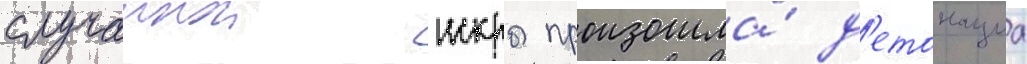
случаинои искры произошла́ д'етонациа